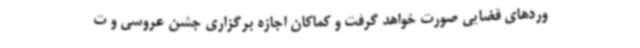
وردهای قضایی صورت خواهد گرفت و کماکان اجازه برگزاری جشن عروسی و ت